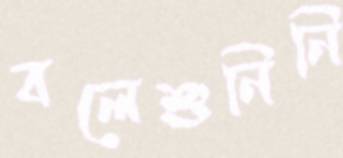
বলেশুনিনি